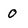
Character: 0